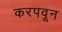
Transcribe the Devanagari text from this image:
करपवून